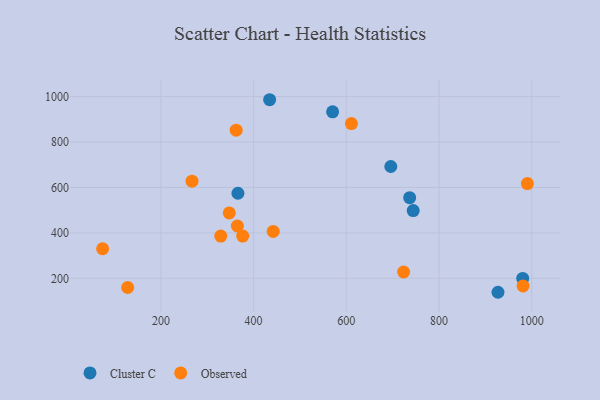
{"axis": {"x": "Investment", "y": "Fuel Efficiency"}, "legend": ["Cluster C", "Observed"], "data": [{"x": "744.3", "y": 498.4, "type": "Cluster C"}, {"x": "736.7", "y": 555.1, "type": "Cluster C"}, {"x": "927.2", "y": 138.5, "type": "Cluster C"}, {"x": "434.6", "y": 986.3, "type": "Cluster C"}, {"x": "980.5", "y": 199.3, "type": "Cluster C"}, {"x": "366.2", "y": 574.4, "type": "Cluster C"}, {"x": "570.4", "y": 933.2, "type": "Cluster C"}, {"x": "696.0", "y": 692.3, "type": "Cluster C"}, {"x": "128.3", "y": 159.5, "type": "Observed"}, {"x": "611.0", "y": 881.3, "type": "Observed"}, {"x": "347.5", "y": 488.0, "type": "Observed"}, {"x": "74.3", "y": 330.1, "type": "Observed"}, {"x": "981.3", "y": 166.4, "type": "Observed"}, {"x": "376.5", "y": 385.8, "type": "Observed"}, {"x": "365.0", "y": 430.2, "type": "Observed"}, {"x": "362.4", "y": 852.3, "type": "Observed"}, {"x": "442.3", "y": 406.4, "type": "Observed"}, {"x": "267.1", "y": 627.8, "type": "Observed"}, {"x": "329.2", "y": 386.0, "type": "Observed"}, {"x": "990.6", "y": 617.2, "type": "Observed"}, {"x": "723.6", "y": 227.8, "type": "Observed"}]}